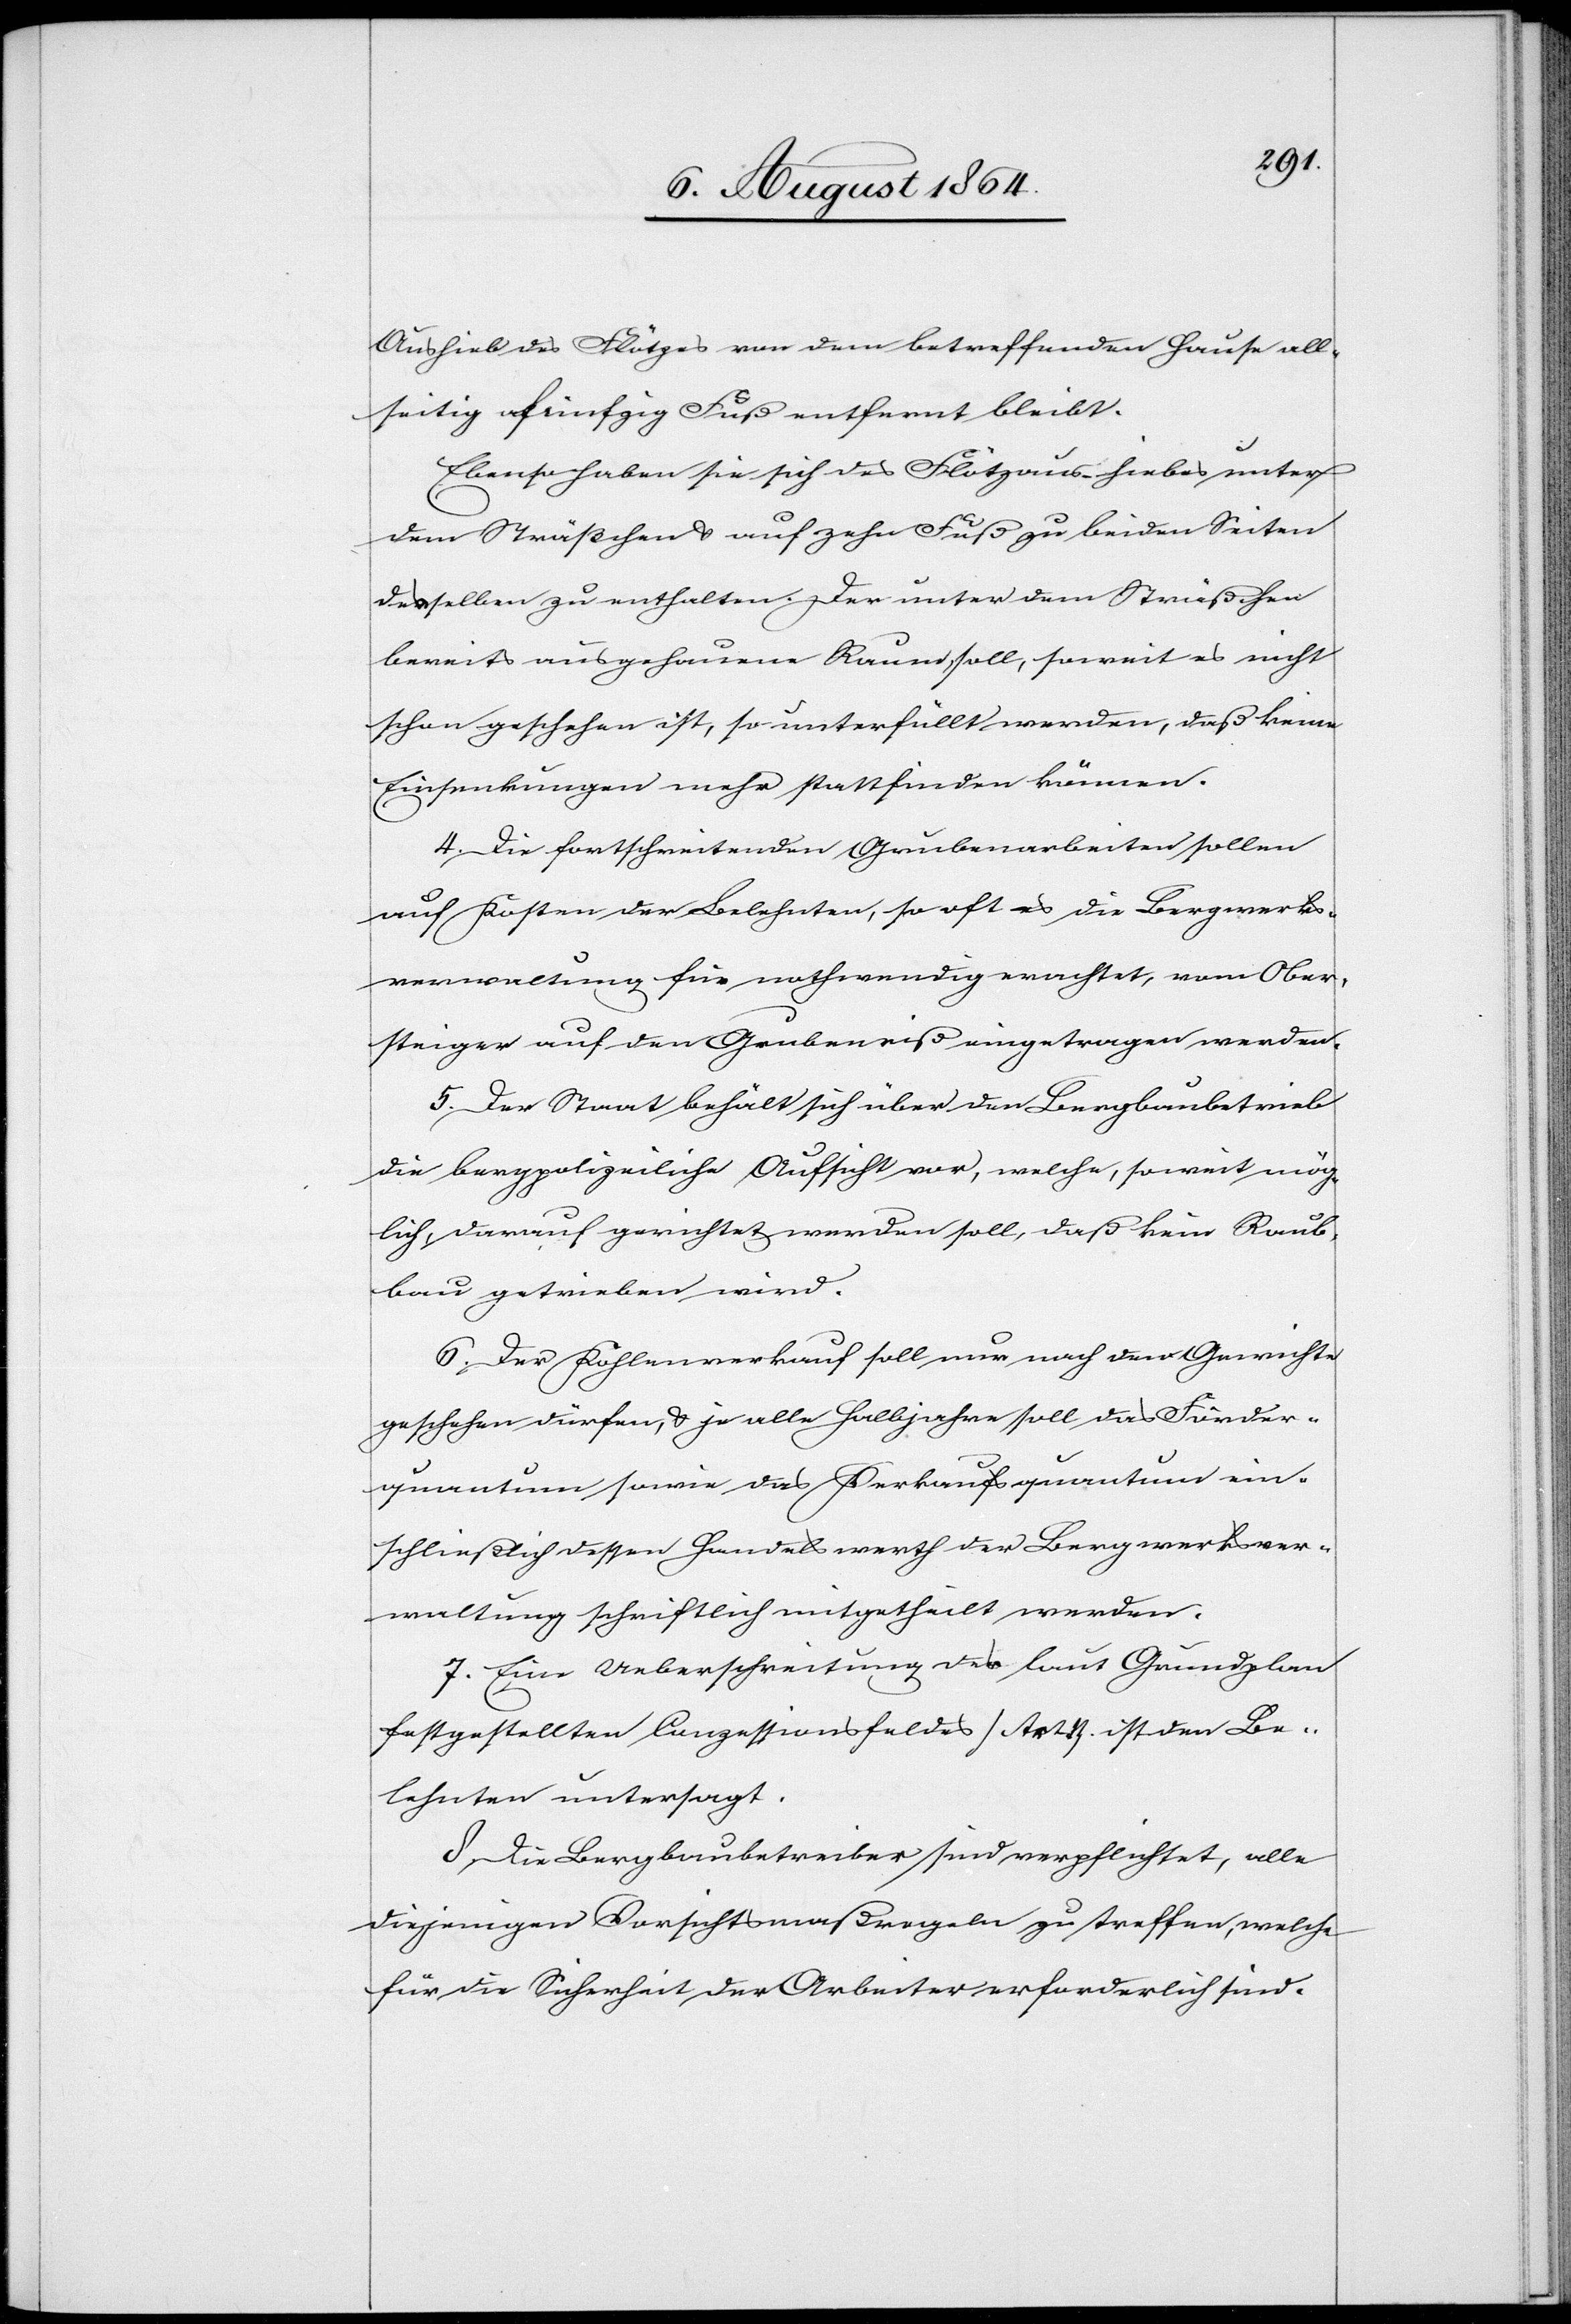
Aushieb des Flötzes von dem betreffenden Hause all¬
seitig fünfzig Fuß entfernt bleibt.
Ebenso haben sie sich des Flötzaushiebes unter
dem Sträßchen & auf zehn Fuß zu beiden Seiten
desselben zu enthalten. Der unter dem Sträßchen
bereits ausgehauene Raum soll, soweit es nicht
schon geschehen ist, so unterfüllt werden, daß keine
Einsenkungen mehr stattfinden können.
4. Die fortschreitenden Grubenarbeiten sollen
auf Kosten der Belehnten, so oft es die Bergwerks¬
verwaltung für nothwendig erachtet, vom Ober¬
steiger auf den Grubenriß eingetragen werden.
5. Der Staat behält sich über den Bergbaubetrieb
die bergpolizeiliche Aufsicht vor, welche, soweit mög¬
lich, darauf gerichtet werden soll, daß kein Raub¬
bau getrieben wird.
6. Der Kohlenverkauf soll nur nach dem Gewichte
geschehen dürfen, & je alle Halbjahre soll das Förder¬
quantum sowie das Verkaufsquantum ein¬
schließlich dessen Handelswerth der Bergwerksver¬
waltung schriftlich mitgetheilt werden.
7. Eine Ueberschreitung des laut Grundplan
festgestellten Conzessionsfeldes [Art. 1] ist den Be¬
lehnten untersagt.
8. Die Bergbaubetreiber sind verpflichtet, alle
diejenigen Vorsichtsmaßregeln zu treffen, welche
für die Sicherheit der Arbeiter erforderlich sind.